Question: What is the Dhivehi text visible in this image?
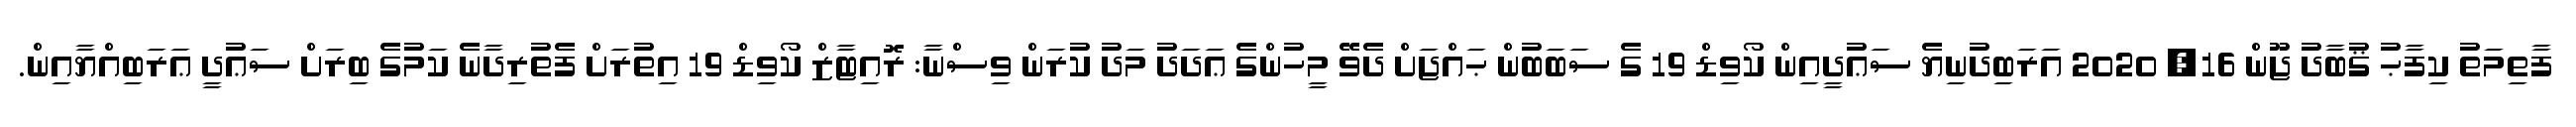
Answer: ފާތިމަތު ކިފާޙު ޤުބާދު ޖޫން 16, 2020 އަރަބިދުނިޔެ ސަޢުދީއިން ކޯވިޑް 19 ގެ ސަބަބުން ޙައްޖަށް ދެވޭ މީހުންގެ ޢަދަދު މަދު ކުރަން ވިސްނާ: ރޮއިޓާޒް ކޯވިޑް 19 އިތުރަށް ފެތުރިދާނެ ކަމުގެ ބިރަށް ސަޢުދީ ޢަރަބިއްޔާއިން.